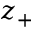
z _ { + }